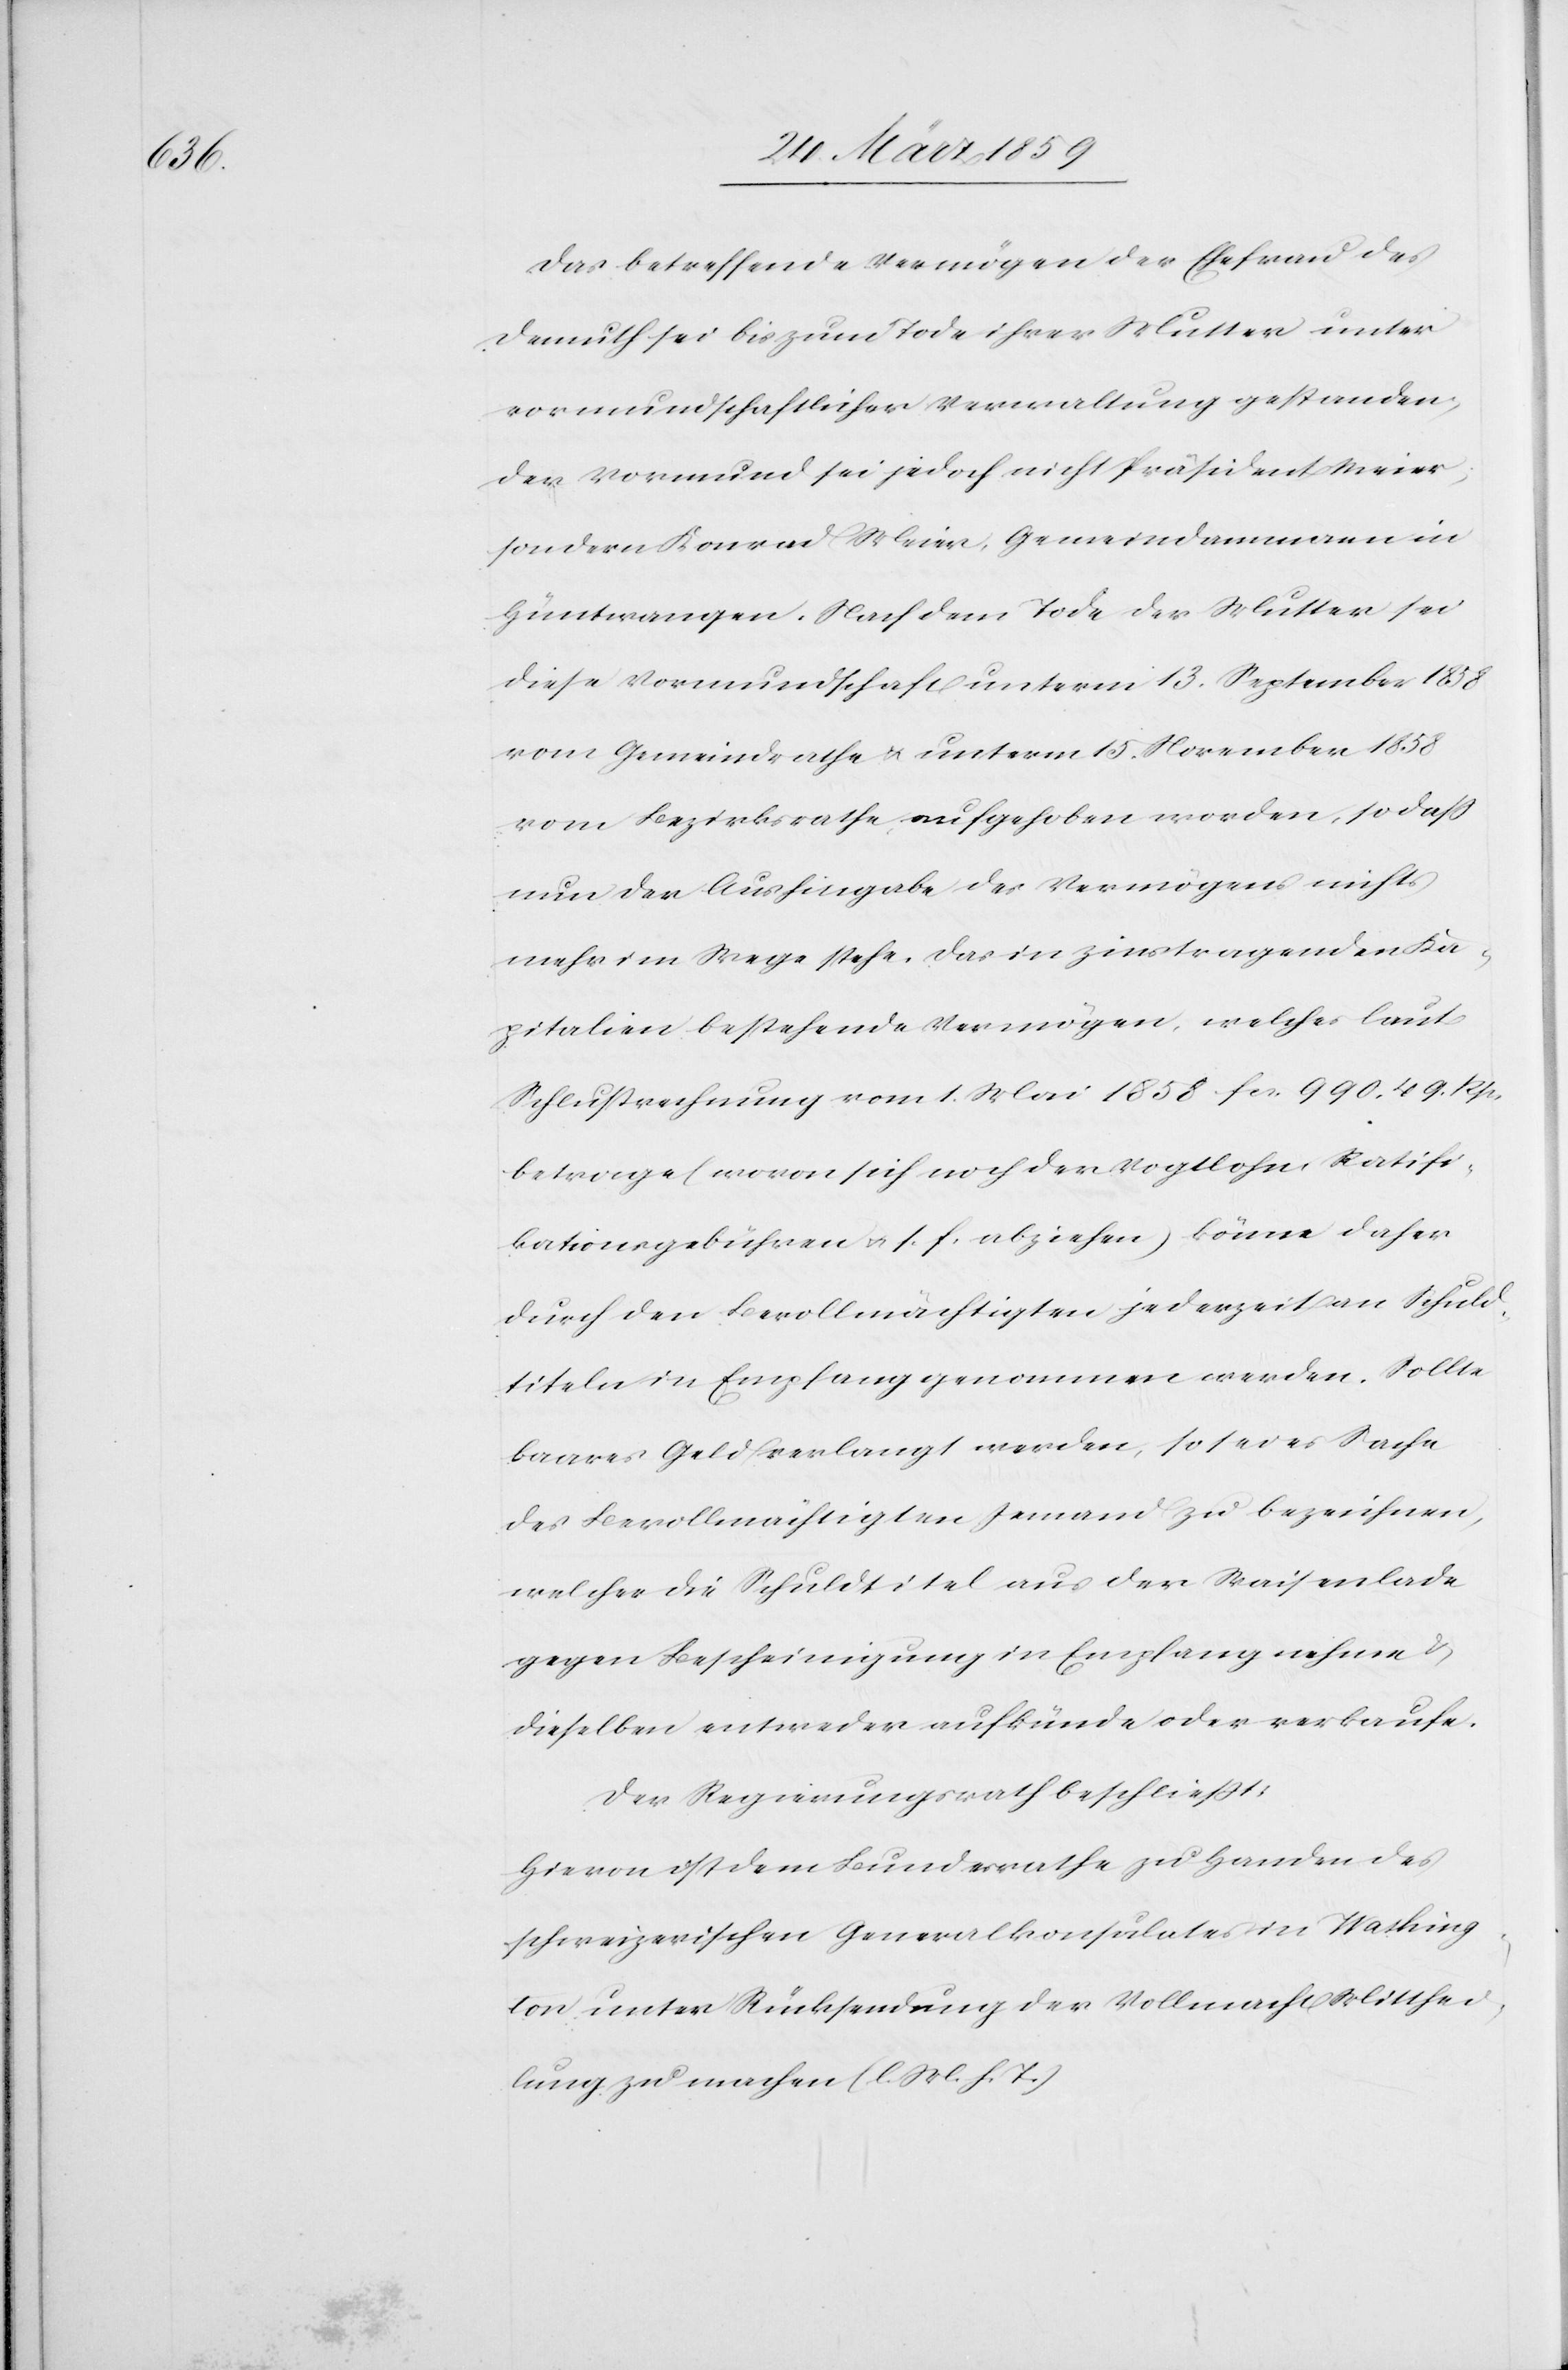
Das betreffende Vermögen der Ehefrau des
Demuth sei bis zum Tode ihrer Mutter unter
vormundschaftlicher Verwaltung gestanden;
der Vormund sei jedoch nicht Präsident Meier,
sondern Konrad Meier, Gemeindammann in
Hüntwangen. Nach dem Tode der Mutter sei
diese Vormundschaft unterm 13. September 1858
vom Bezirksrathe aufgehoben worden, so daß
nun der Aushingabe des Vermögens nichts
mehr im Wege stehe. Das in zinstragenden Ka¬
pitalien bestehende Vermögen, welches laut
Schlußrechnung vom 1. Mai 1858 fcs. 990. 49. Rp.
betrage (wovon sich noch der Vogtlohn, Ratifi¬
kationsgebühren u. s. f. abziehen) könne daher
durch den Bevollmächtigten jederzeit an Schuld¬
titeln in Empfang genommen werden. Sollte
baares Geld verlangt werden, so sei es Sache
des Bevollmächtigten Jemand zu bezeichnen,
welcher die Schuldtitel aus der Waisenlade
gegen Bescheinigung in Empfang nehme &
dieselben entweder aufkünde oder verkaufe.
Der Regierungsrath beschließt:
Hievon ist dem Bundesrathe zu Handen des
schweizerischen Generalkonsulates in Washing¬
ton unter Rücksendung der Vollmacht Mitthei¬
lung zu machen (l. M. h. T.).